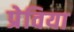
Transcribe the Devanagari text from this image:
प्रेविया